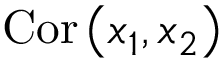
\mathrm { C o r } \left( x _ { 1 } , x _ { 2 } \right)